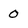
Character: 0